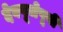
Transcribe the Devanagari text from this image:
देवपूजेपूर्वी